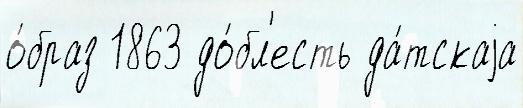
о́браз 1863 до́бл'есть да́тскаjа